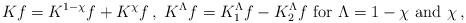
LaTeX: \begin{align*}\begin{aligned}K f = K^{1 - \chi} f + K^\chi f \,, \ K^\Lambda f = K_1^\Lambda f - K_2^\Lambda f \textrm{ for } \Lambda = 1-\chi \textrm{ and } \chi \,,\end{aligned}\end{align*}